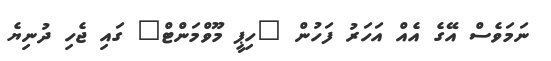
ނަމަވެސް އޭގެ އެއް އަހަރު ފަހުން "ހިޕީ މޫވްމަންޓް" ގައި ޖެހި ދުނިޔެ